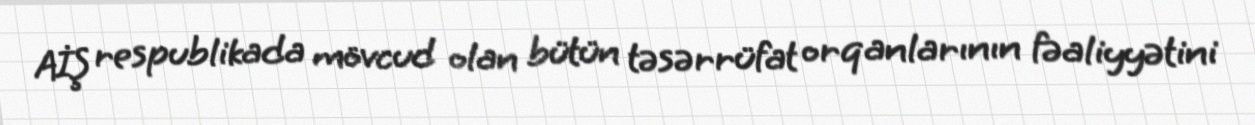
AİŞ respublikada mövcud olan bütün təsərrüfat orqanlarının fəaliyyətini